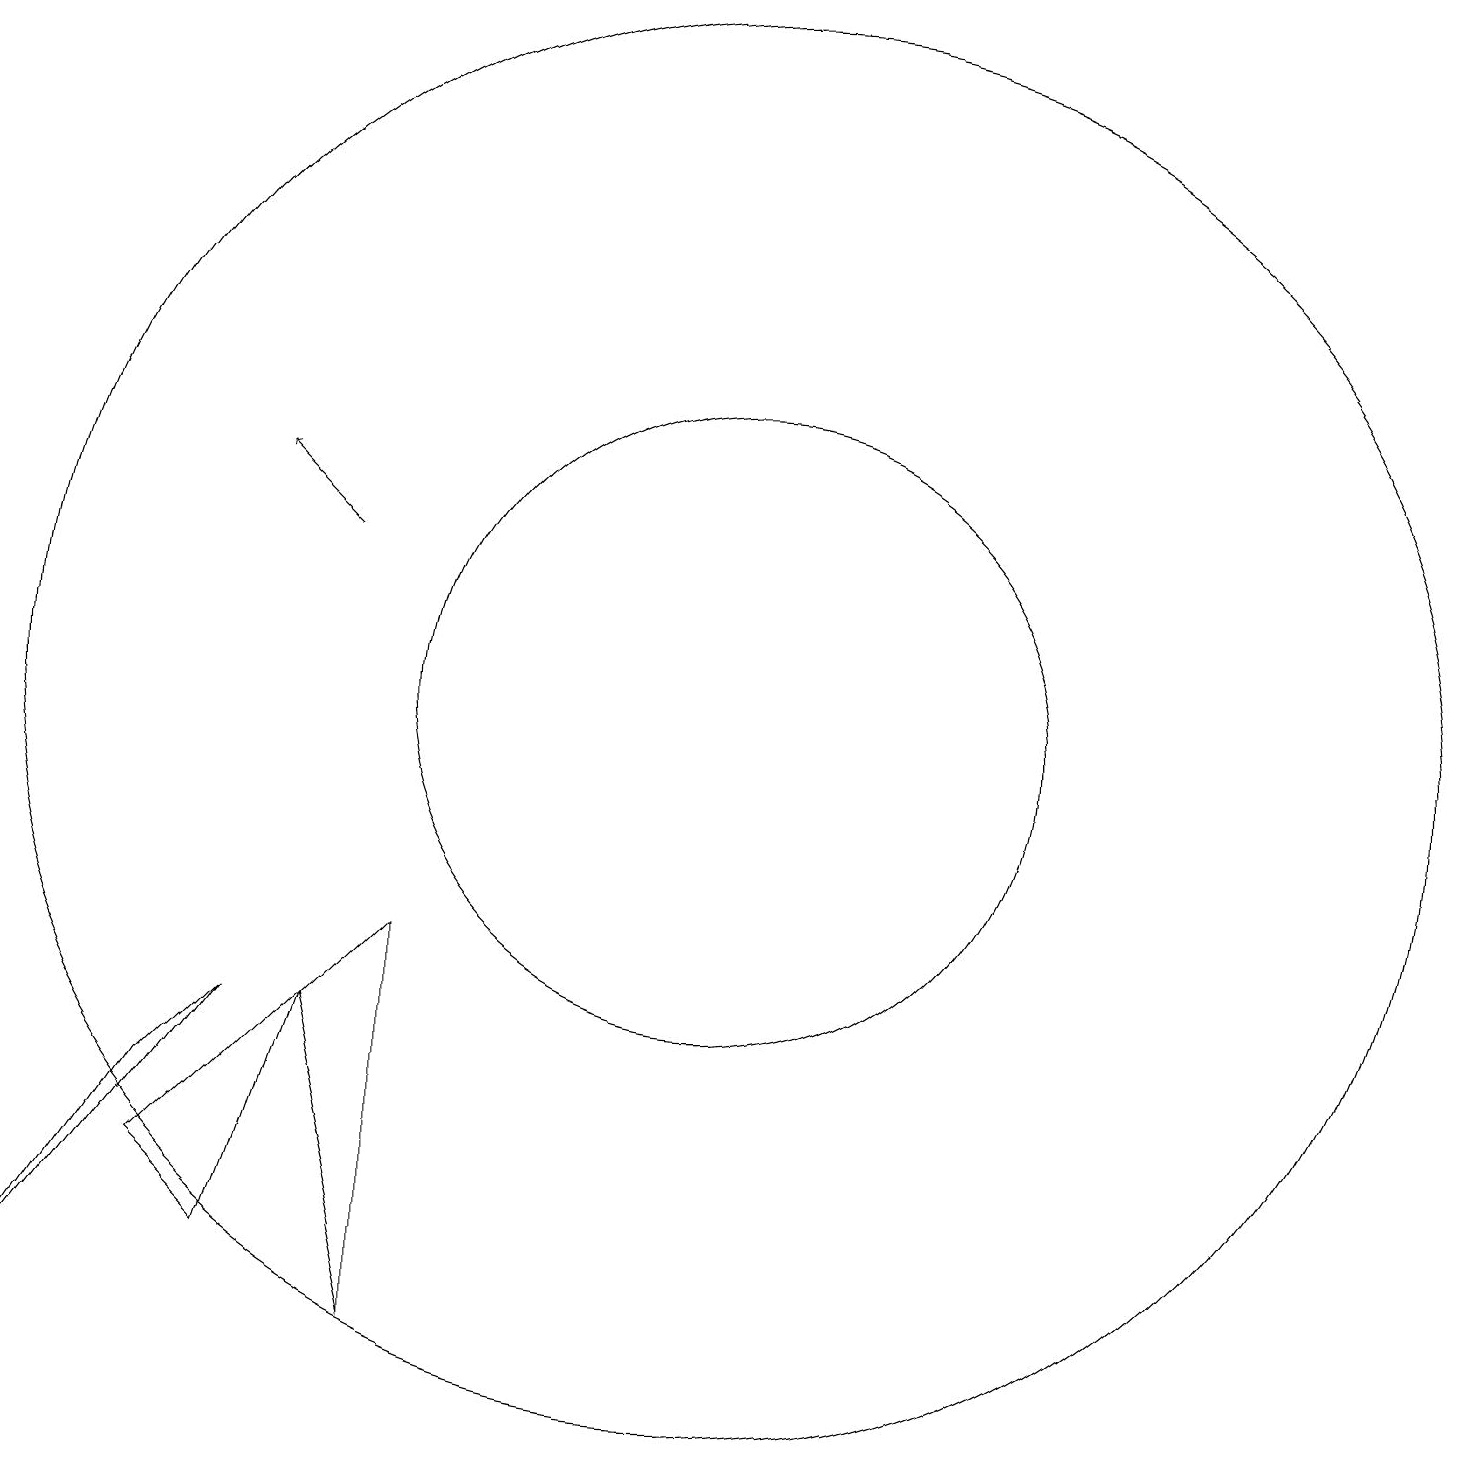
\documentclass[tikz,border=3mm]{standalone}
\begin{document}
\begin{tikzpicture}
\draw (4,4) -- (3,5) -- (5,7) -- cycle;
\draw (10,11) circle (9);
\draw (10,11) circle (4);
\draw (6,8) -- (6,3) -- (5,7) -- cycle;
\draw[->] (5,13) -- (4,14);
\draw (1,3) -- (4,7) -- (3,6) -- cycle;
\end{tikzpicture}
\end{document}